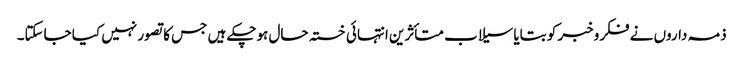
ذمہ داروں نے فکروخبر کو بتایا سیلاب متأثرین انتہائی خستہ حال ہوچکے ہیں جس کا تصور نہیں کیا جاسکتا۔